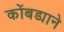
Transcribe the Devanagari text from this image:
कोंबड्याने